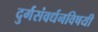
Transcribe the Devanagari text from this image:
दुर्गसंवर्धनविषयी